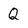
Character: Q